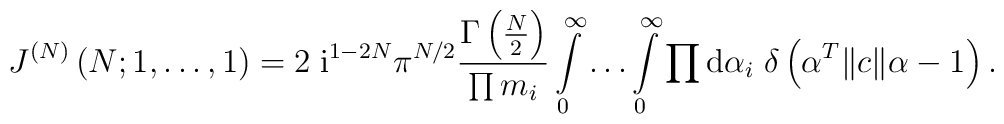
J^{(N)}\left(N; 1, \ldots , 1 \right)= 2\; \mbox{i}^{1-2N} \pi^{N/2}\frac{\Gamma\left( {\textstyle{N\over2}} \right)}     {\prod m_i}\int\limits_0^{\infty} \ldots \int\limits_0^{\infty}\prod\mbox{d}\alpha_i\; \delta\left( \alpha^T \|c\| \alpha-1 \right) .